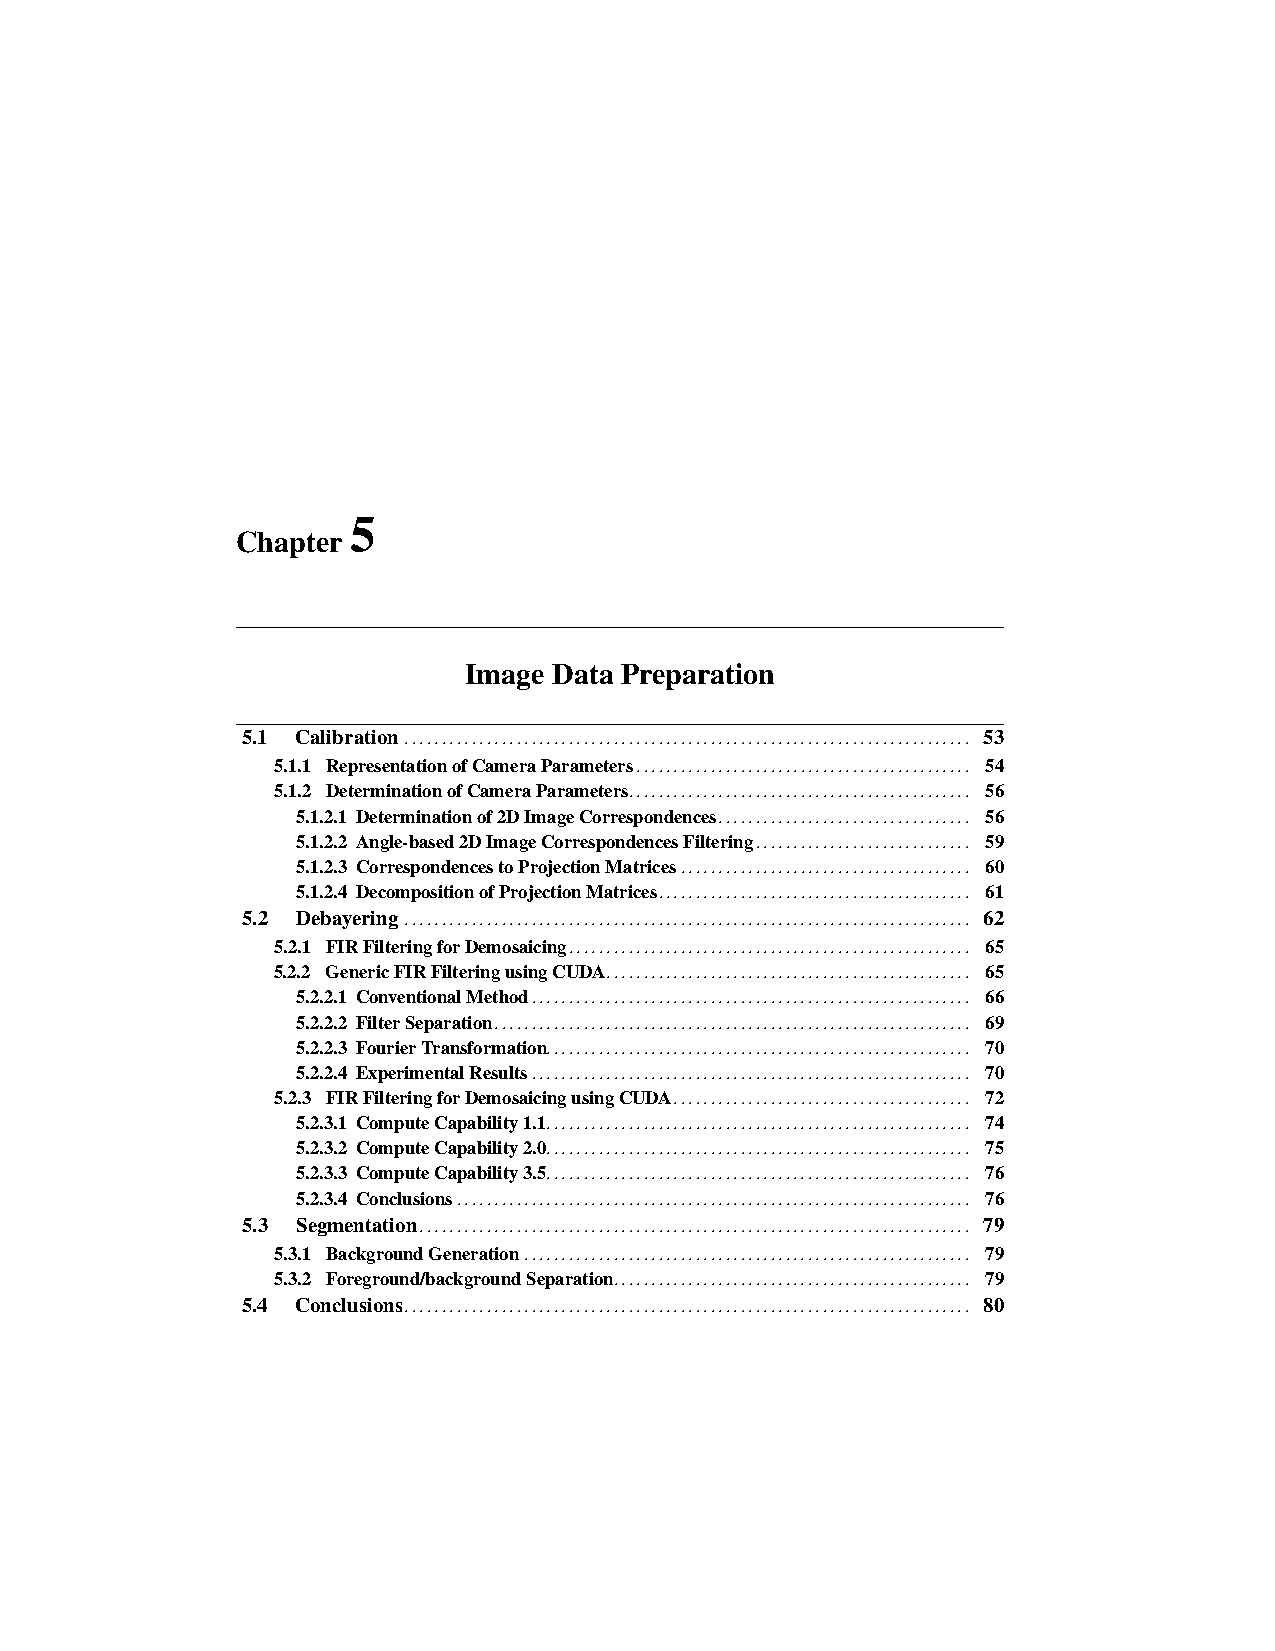
5
 Chapter
 Image Data Preparation
 5.1 Calibration                                  53
 ............................................................................
 5.1.1 RepresentationofCameraParameters         54
 .............................................
 5.1.2 DeterminationofCameraParameters          56
 ..............................................
 5.1.2.1 Determinationof2DImageCorrespondences 56
 ..................................
 5.1.2.2 Angle-based2DImageCorrespondencesFiltering 59
 .............................
 5.1.2.3 CorrespondencestoProjectionMatrices  60
 .......................................
 5.1.2.4 DecompositionofProjectionMatrices    61
 ..........................................
 5.2 Debayering                                   62
 ............................................................................
 5.2.1 FIRFilteringforDemosaicing               65
 ......................................................
 5.2.2 GenericFIRFilteringusingCUDA             65
 .................................................
 5.2.2.1 ConventionalMethod                   66
 ...........................................................
 5.2.2.2 FilterSeparation                     69
 ................................................................
 5.2.2.3 FourierTransformation                70
 .........................................................
 5.2.2.4 ExperimentalResults                  70
 ...........................................................
 5.2.3 FIRFilteringforDemosaicingusingCUDA      72
 ........................................
 5.2.3.1 ComputeCapability1.1                 74
 .........................................................
 5.2.3.2 ComputeCapability2.0                 75
 .........................................................
 5.2.3.3 ComputeCapability3.5                 76
 .........................................................
 5.2.3.4 Conclusions                          76
 .....................................................................
 5.3 Segmentation                                 79
 ..........................................................................
 5.3.1 BackgroundGeneration                     79
 ............................................................
 5.3.2 Foreground/backgroundSeparation          79
 ................................................
 5.4 Conclusions                                  80
 ............................................................................